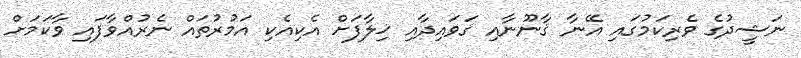
ނަޝީދުގެ ވެރިކަމުގައި އޭނާ ޤާނޫނާއި ޤަވައިދާއި ޚިލާފަށް އެކިއެކި އަމުރުތައް ނެރުއްވާފައި ވާކަމަށް